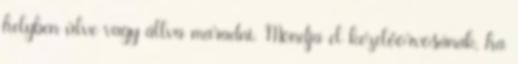
helyben ülve vagy állva maradni. Mondja el kezelőorvosának, ha